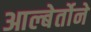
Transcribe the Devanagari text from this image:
आल्बेर्तोने